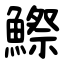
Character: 鰶